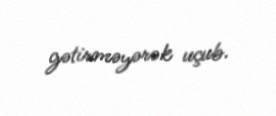
gətirməyərək uçub.